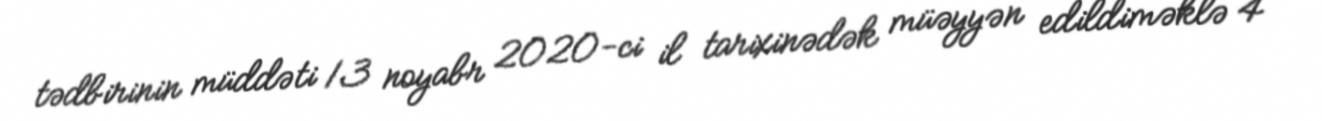
tədbirinin müddəti 13 noyabr 2020-ci il tarixinədək müəyyən edildiməklə 4